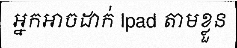
អ្នកអាចដាក់ Ipad តាមខ្លួន